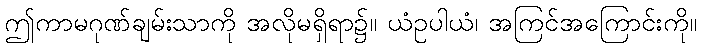
ဤကာမဂုဏ်ချမ်းသာကို အလိုမရှိရာ၌။ ယံဥပါယံ၊ အကြင်အကြောင်းကို။